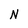
Character: N